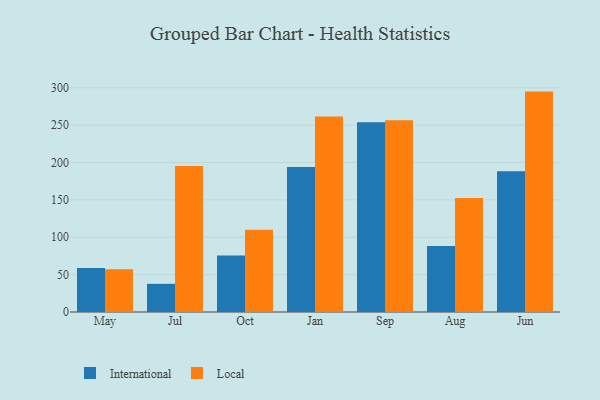
{"axis": {"x": "Month", "y": "Gross Profit (USD K)"}, "legend": ["International", "Local"], "data": [{"x": "May", "y": 59.0, "type": "International"}, {"x": "May", "y": 57.1, "type": "Local"}, {"x": "Jul", "y": 37.7, "type": "International"}, {"x": "Jul", "y": 195.4, "type": "Local"}, {"x": "Oct", "y": 75.6, "type": "International"}, {"x": "Oct", "y": 110.2, "type": "Local"}, {"x": "Jan", "y": 193.9, "type": "International"}, {"x": "Jan", "y": 261.6, "type": "Local"}, {"x": "Sep", "y": 254.0, "type": "International"}, {"x": "Sep", "y": 256.6, "type": "Local"}, {"x": "Aug", "y": 88.4, "type": "International"}, {"x": "Aug", "y": 152.6, "type": "Local"}, {"x": "Jun", "y": 188.3, "type": "International"}, {"x": "Jun", "y": 294.9, "type": "Local"}]}